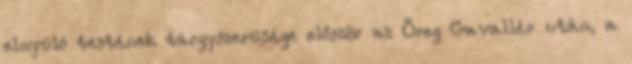
elnyúló testének tárgyszerűsége először az Öreg Gavallér után, a